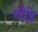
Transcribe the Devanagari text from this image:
पौडे